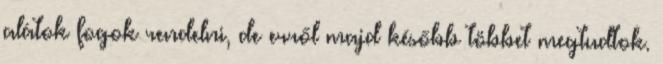
alátok fogok rendelni, de erről majd később többet megtudtok.